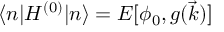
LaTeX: \langle n | H ^ { ( 0 ) } | n \rangle = E [ \phi _ { 0 } , g ( \vec { k } ) ]